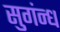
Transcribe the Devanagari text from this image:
सुगंन्ध